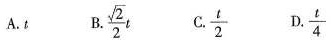
A.t B.\frac{\sqrt{2}}{2}t C.\frac{t}{2} D.\frac{t}{4}